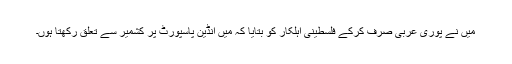
میں نے پوری عربی صرف کرکے فلسطینی اہلکار کو بتایا کہ میں انڈین پاسپورٹ پر کشمیر سے تعلق رکھتا ہوں۔